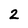
Character: 2